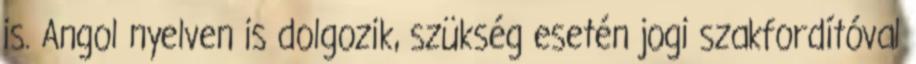
is. Angol nyelven is dolgozik, szükség esetén jogi szakfordítóval